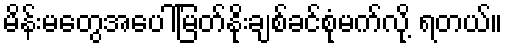
မိန်းမတွေအပေါ်မြတ်နိုးချစ်ခင်စုံမက်လို့ ရတယ်။